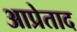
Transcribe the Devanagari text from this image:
आप्रेताद